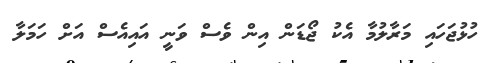
ހުޅުޖަހައި މަރާލުމާ އެކު ޖޯޑަން އިން ވެސް ވަނީ އައިއެސް އަށް ހަމަލާ